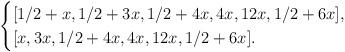
LaTeX: \begin{align*}\begin{cases}[1/2+x,1/2+3x,1/2+4x,4x,12x,1/2+6x],\\{}[x,3x,1/2+4x,4x,12x,1/2+6x].\end{cases}\end{align*}